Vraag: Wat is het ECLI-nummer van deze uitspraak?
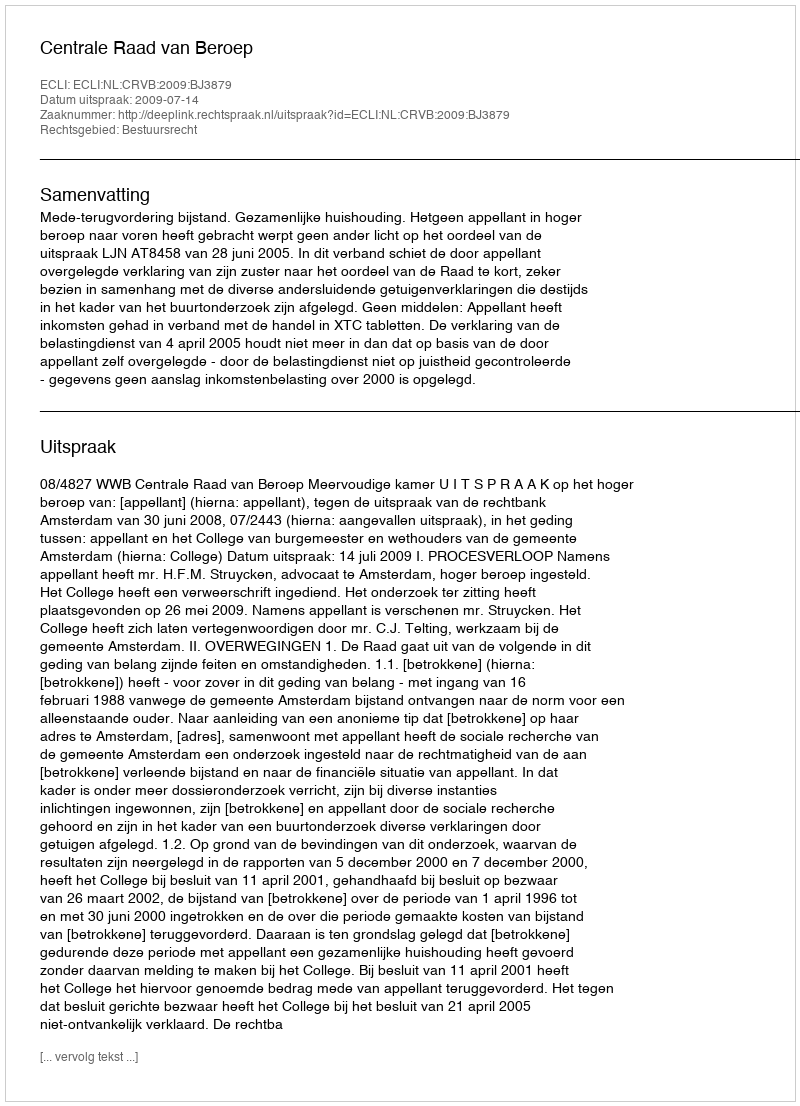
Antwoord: ECLI:NL:CRVB:2009:BJ3879